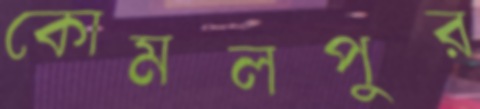
কোমলপুর